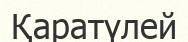
Қаратүлей